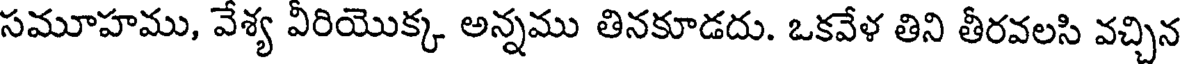
సమూహము, వేశ్య వీరియొక్క అన్నము తినకూడదు. ఒకవేళ తిని తీరవలసి వచ్చిన